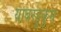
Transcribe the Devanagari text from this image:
याबरहुकुम